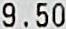
9.50